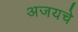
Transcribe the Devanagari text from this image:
अजयचे